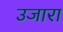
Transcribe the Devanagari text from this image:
उजारा